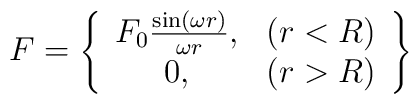
F=\left\{ \begin{array}{cc}F_0\frac{\sin (\omega r)}{\omega r}, & (r<R) \\ 0, & (r>R)\end{array}\right\}